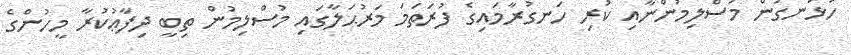
ހުޅަނގުން މުސްލިމުންނާއި ކުރި ހަނގުރާމައިގެ ފުރަތަމަ މަރުޙަލާގައި މުސްލިމުން ތިބީ ދިފާޢުކުރާ މީހުންގެ